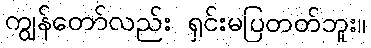
ကျွန်တော်လည်း ရှင်းမပြတတ်ဘူး။